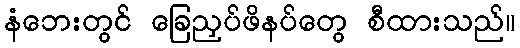
နံဘေးတွင် ခြေညှပ်ဖိနပ်တွေ စီထားသည်။